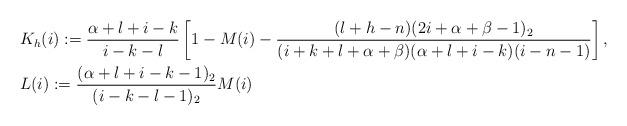
LaTeX: \begin{align*}&K_{h}(i) := \frac{\alpha+l+i-k}{i-k-l}\left[1-M(i)-\frac{(l+h-n)(2i+\alpha+\beta-1)_2}{(i+k+l+\alpha+\beta)(\alpha+l+i-k)(i-n-1)}\right],\\&L(i) := \frac{(\alpha+l+i-k-1)_2}{(i-k-l-1)_2}M(i)\end{align*}